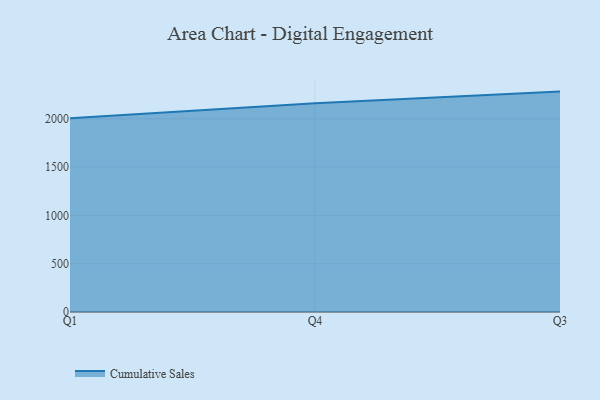
{"axis": {"x": "Quarter", "y": "Active Users"}, "legend": ["Cumulative Sales"], "data": [{"x": "Q1", "y": 2006.3, "type": "Cumulative Sales"}, {"x": "Q4", "y": 2161.0, "type": "Cumulative Sales"}, {"x": "Q3", "y": 2281.3, "type": "Cumulative Sales"}]}